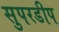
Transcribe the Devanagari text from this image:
सुपरडीप